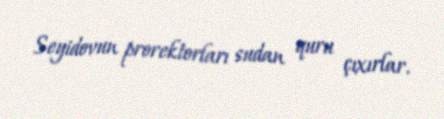
Seyidovun prorektorları sudan quru çıxırlar.